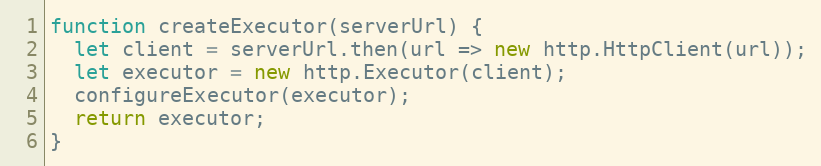
Language: JavaScript
function createExecutor(serverUrl) {
  let client = serverUrl.then(url => new http.HttpClient(url));
  let executor = new http.Executor(client);
  configureExecutor(executor);
  return executor;
}